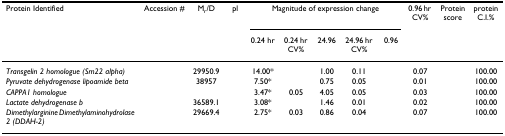
<table><thead><tr><td><b>Protein Identified</b></td><td><b>Accession #</b></td><td><b>M<sub>r</sub>/D</b></td><td><b>pl</b></td><td colspan="5"><b>Magnitude of expression change</b></td><td><b>0.96 hr CV%</b></td><td><b>Protein score</b></td><td><b>protein C.I.%</b></td></tr><tr><td>[EMPTY_CELL]</td><td>[EMPTY_CELL]</td><td>[EMPTY_CELL]</td><td>[EMPTY_CELL]</td><td><b>0.24 hr</b></td><td><b>0.24 hr CV%</b></td><td><b>24.96</b></td><td><b>24.96 hr CV%</b></td><td><b>0.96</b></td><td>[EMPTY_CELL]</td><td>[EMPTY_CELL]</td><td>[EMPTY_CELL]</td></tr></thead><tbody><tr><td><i>Transgelin 2 homologue (Sm22 alpha)</i></td><td>[EMPTY_CELL]</td><td>29950.9</td><td>[EMPTY_CELL]</td><td>14.00*</td><td>[EMPTY_CELL]</td><td>1.00</td><td>0.11</td><td>[EMPTY_CELL]</td><td>0.07</td><td>[EMPTY_CELL]</td><td>100.00</td></tr><tr><td><i>Pyruvate dehydrogenase lipoamide beta</i></td><td>[EMPTY_CELL]</td><td>38957</td><td>[EMPTY_CELL]</td><td>7.50*</td><td>[EMPTY_CELL]</td><td>0.75</td><td>0.05</td><td>[EMPTY_CELL]</td><td>0.01</td><td>[EMPTY_CELL]</td><td>100.00</td></tr><tr><td><i>CAPPA1 homologue</i></td><td>[EMPTY_CELL]</td><td>[EMPTY_CELL]</td><td>[EMPTY_CELL]</td><td>3.47*</td><td>0.05</td><td>4.05</td><td>0.05</td><td>[EMPTY_CELL]</td><td>0.03</td><td>[EMPTY_CELL]</td><td>100.00</td></tr><tr><td><i>Lactate dehydrogenase b</i></td><td>[EMPTY_CELL]</td><td>36589.1</td><td>[EMPTY_CELL]</td><td>3.08*</td><td>[EMPTY_CELL]</td><td>1.46</td><td>0.01</td><td>[EMPTY_CELL]</td><td>0.02</td><td>[EMPTY_CELL]</td><td>100.00</td></tr><tr><td><i>Dimethylarginine Dimethylaminohydrolase 2 (DDAH-2)</i></td><td>[EMPTY_CELL]</td><td>29669.4</td><td>[EMPTY_CELL]</td><td>2.75*</td><td>0.03</td><td>0.86</td><td>0.04</td><td>[EMPTY_CELL]</td><td>0.07</td><td>[EMPTY_CELL]</td><td>100.00</td></tr></tbody></table>